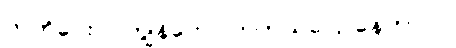
ကတိပေးပါ၊ ကျွန်တော် တကယ်ပြောနေတာပါ။